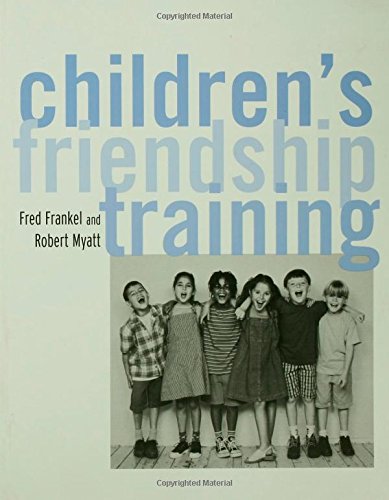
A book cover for Children's Friendship Training; Fred D. Frankel; Medical Books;